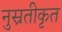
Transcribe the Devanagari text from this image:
नुस्रतीकृत